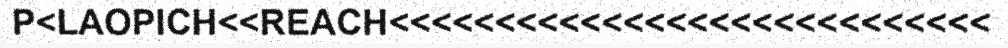
P<LAOPICH<<REACH<<<<<<<<<<<<<<<<<<<<<<<<<<<<